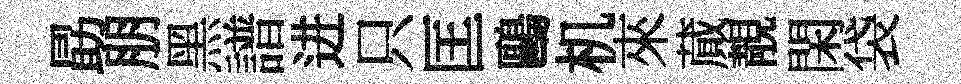
勗朋黑譜进只匡鷗机來蕆靚閑袋